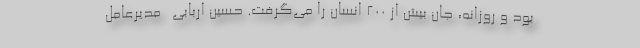
بود و روزانه، جان بیش از ۲۰۰ انسان را می‌گرفت. حسین اربابی ـ مدیرعامل